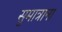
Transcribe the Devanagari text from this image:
सुमात्राना